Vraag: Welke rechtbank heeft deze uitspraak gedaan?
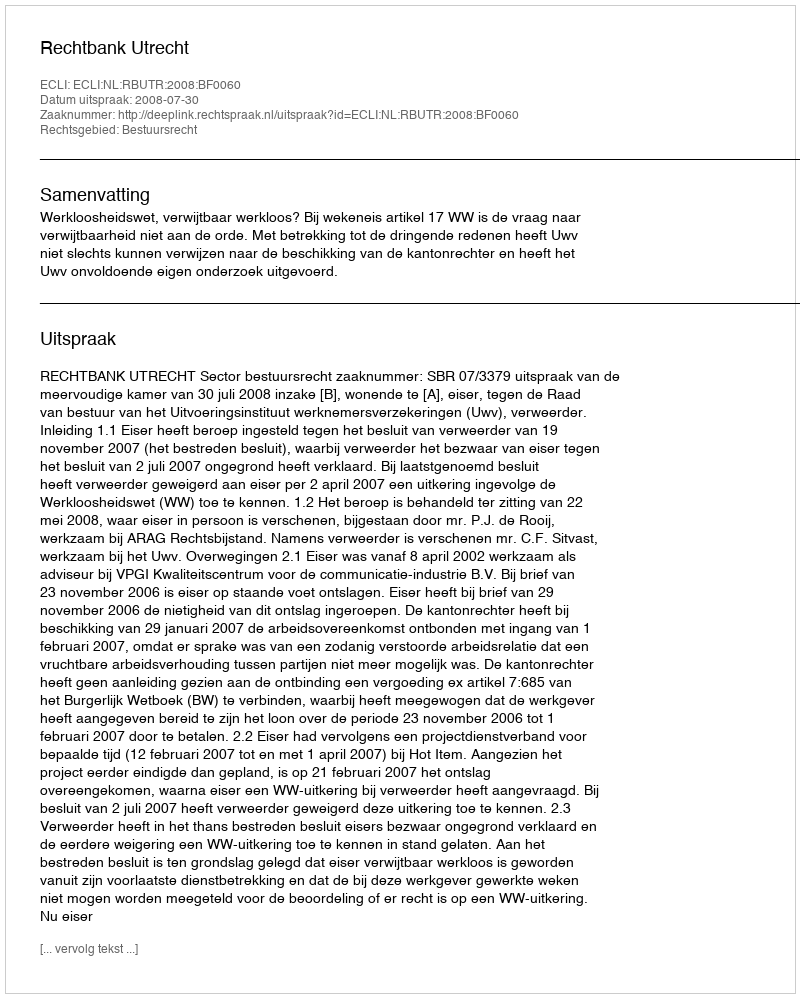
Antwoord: Rechtbank Utrecht